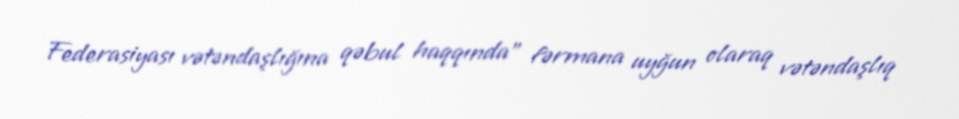
Federasiyası vətəndaşlığına qəbul haqqında” fərmana uyğun olaraq vətəndaşlıq